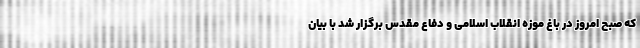
که صبح امروز در باغ موزه انقلاب اسلامی و دفاع مقدس برگزار شد با بیان